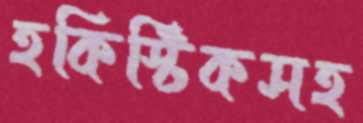
হকিস্টিকসহ